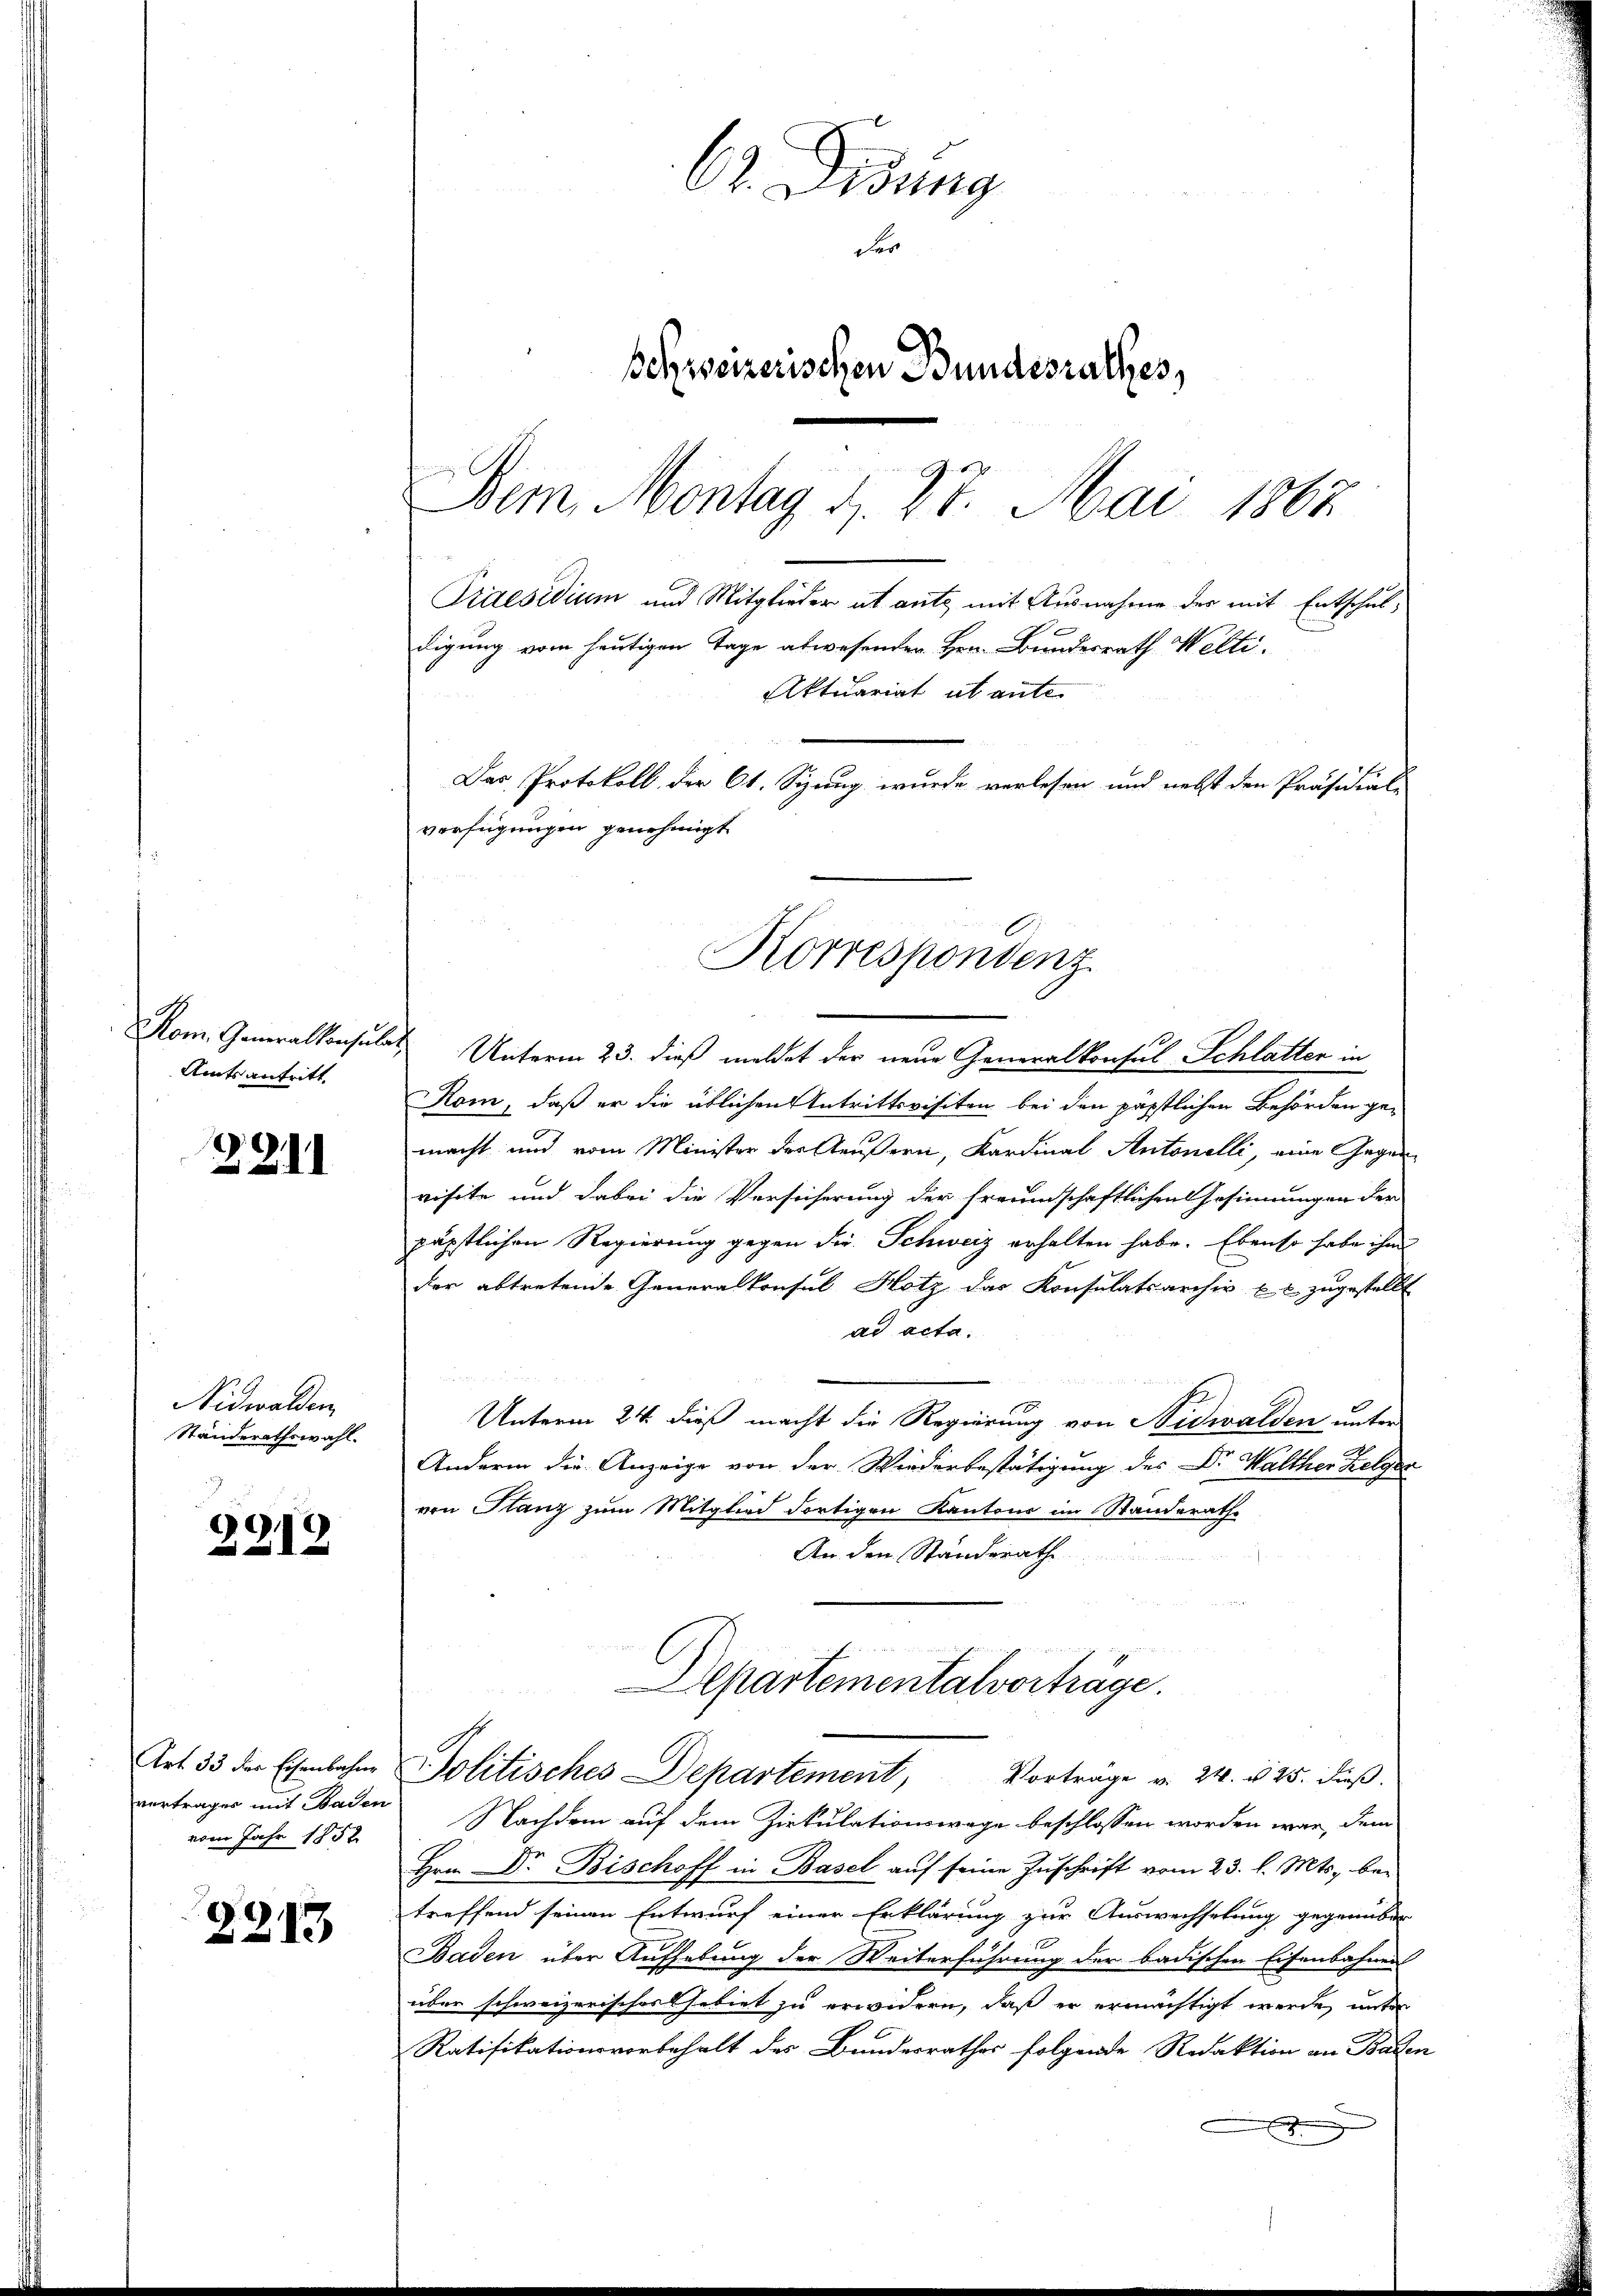
Rom. Generalkonsula
Amtsantritt.

3211

Nidwalden
Ständerathswahl.

2212

Art 33 der Eisenbahne
vortrages mit Baden
vom Jahr 1858.

2213

62. Didung
der
schweizerischen Bundesrathes,
J
Bem, Montag d. 27. Mai 1862
Praesidium und Mitglieder ut ante mit Ausnahme der mit Entschuldigung vom heutigen Tage abwesenden Hrn. Bundesrath Welti.
Aktuariat ab ante
Das Protokoll der Ct. Sizung wurde verlesen und nebst den Präsidial
verfügungen genehmigt

Korrespondenz

Unterm 23. dieß meldet der neue Generalkonsul Schlatten in
Rom, daß er die üblichen Antrittsvisiten bei den päpstlichen Behörden gemacht und vom Minister der Aeußern, Kardinal Antonelli, eine Gegenvisite und dabei die Versicherung der freundschaftlichen Gesinnungen der
päpstlichen Regierung gegen die Schweiz erhalten habe. Ebenso habe ihm
der abtretende Generalkonsul Hotz das Konsulatsarchiv u. zugestellt
ad acta.
n
Unterm 24. dieß macht die Regierung von Nidwalden unter
Andern die Anzeige von der Wiederbestätigung des Dr. Walther Zelger
von Stanz zum Mitglied dortigen Kantons im Standerathe
An den Standerath
Departementalvorträge.
Politisches Departement, Vortrage v. 24. u 25. dieβ.
Nachdem auf dem Zirkulationswege beschlossen worden war, dem
Hrn. Dr. Bischoff in Basel auf seine Zuschrift vom 23. l. Mts. betreffend seinen Entwurf einer Erklärung zur Auswechselung gegenüber
Baden über Aufhebung der Weiterführung der badischen Eisenbahnen
über schweizerisches Gebiet zu erwidern, daß er ermächtigt werde unter
Ratifikationsvorbehalt des Bundesrathes folgende Redaktion an Baden
2